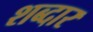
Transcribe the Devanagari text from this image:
शब्दार